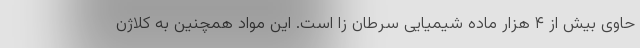
حاوی بیش از ۴ هزار ماده شیمیایی سرطان زا است. این مواد همچنین به کلاژن